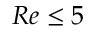
R e \le 5